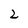
Character: 2